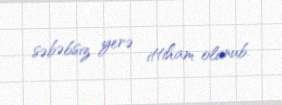
səbəbsiz yerə ittiham olunub.